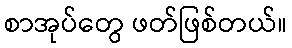
စာအုပ်တွေ ဖတ်ဖြစ်တယ်။